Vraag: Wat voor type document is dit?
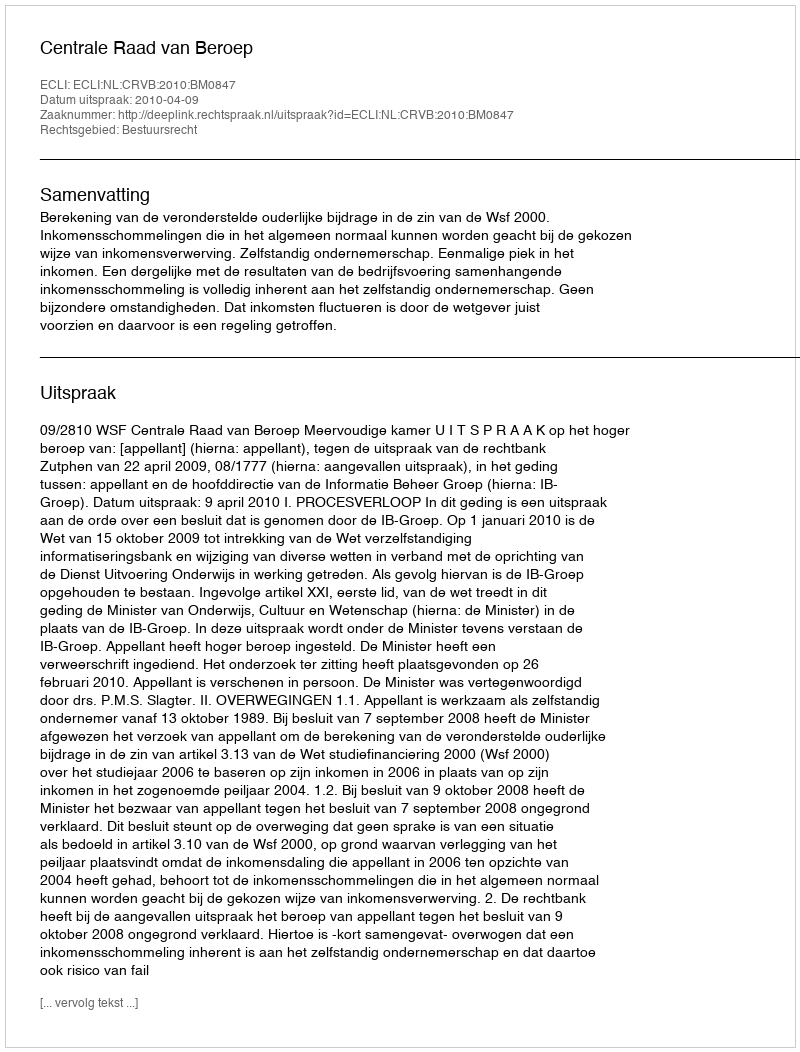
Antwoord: Uitspraak